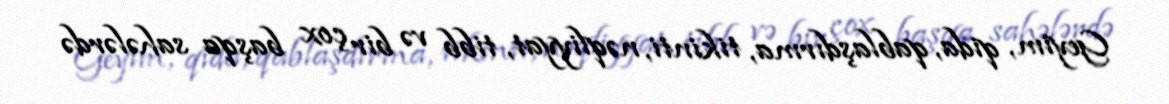
Geyim, qida, qablaşdırma, tikinti, nəqliyyat, tibb və bir çox başqa sahələrdə